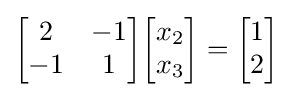
{\begin{bmatrix}2&-1\\-1&1\end{bmatrix}}{\begin{bmatrix}x_{2}\\x_{3}\end{bmatrix}}={\begin{bmatrix}1\\2\end{bmatrix}}